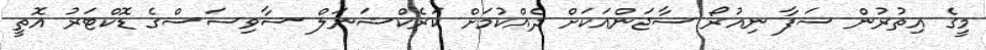
މީގެ އިތުރުން ސަފާ ނިއުރޯ ސާޖަންއަކަށް ދެއްކުމަށް ކަރެކްޝަނަލް ސާވިސަސްގެ ޑޮކްޓަރު އޮތީ